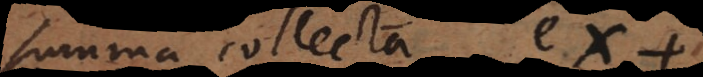
summa collecta ex +